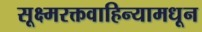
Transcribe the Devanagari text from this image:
सूक्ष्मरक्तवाहिन्यामधून